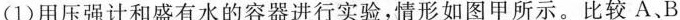
(1)用压强计和盛有水的容器进行实验，情形如图甲所示。比较A、B